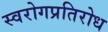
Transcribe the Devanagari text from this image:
स्वरोगप्रतिरोध